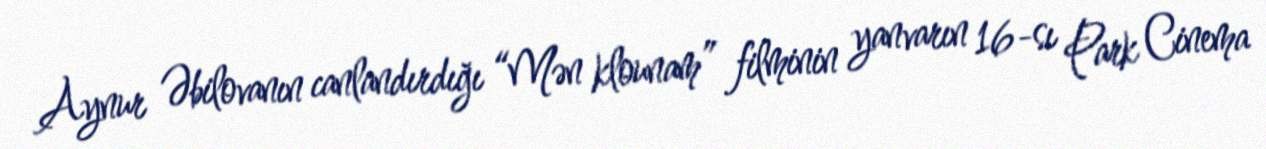
Aynur Əbilovanın canlandırdığı “Mən klounam” filminin yanvarın 16-sı Park Cinema